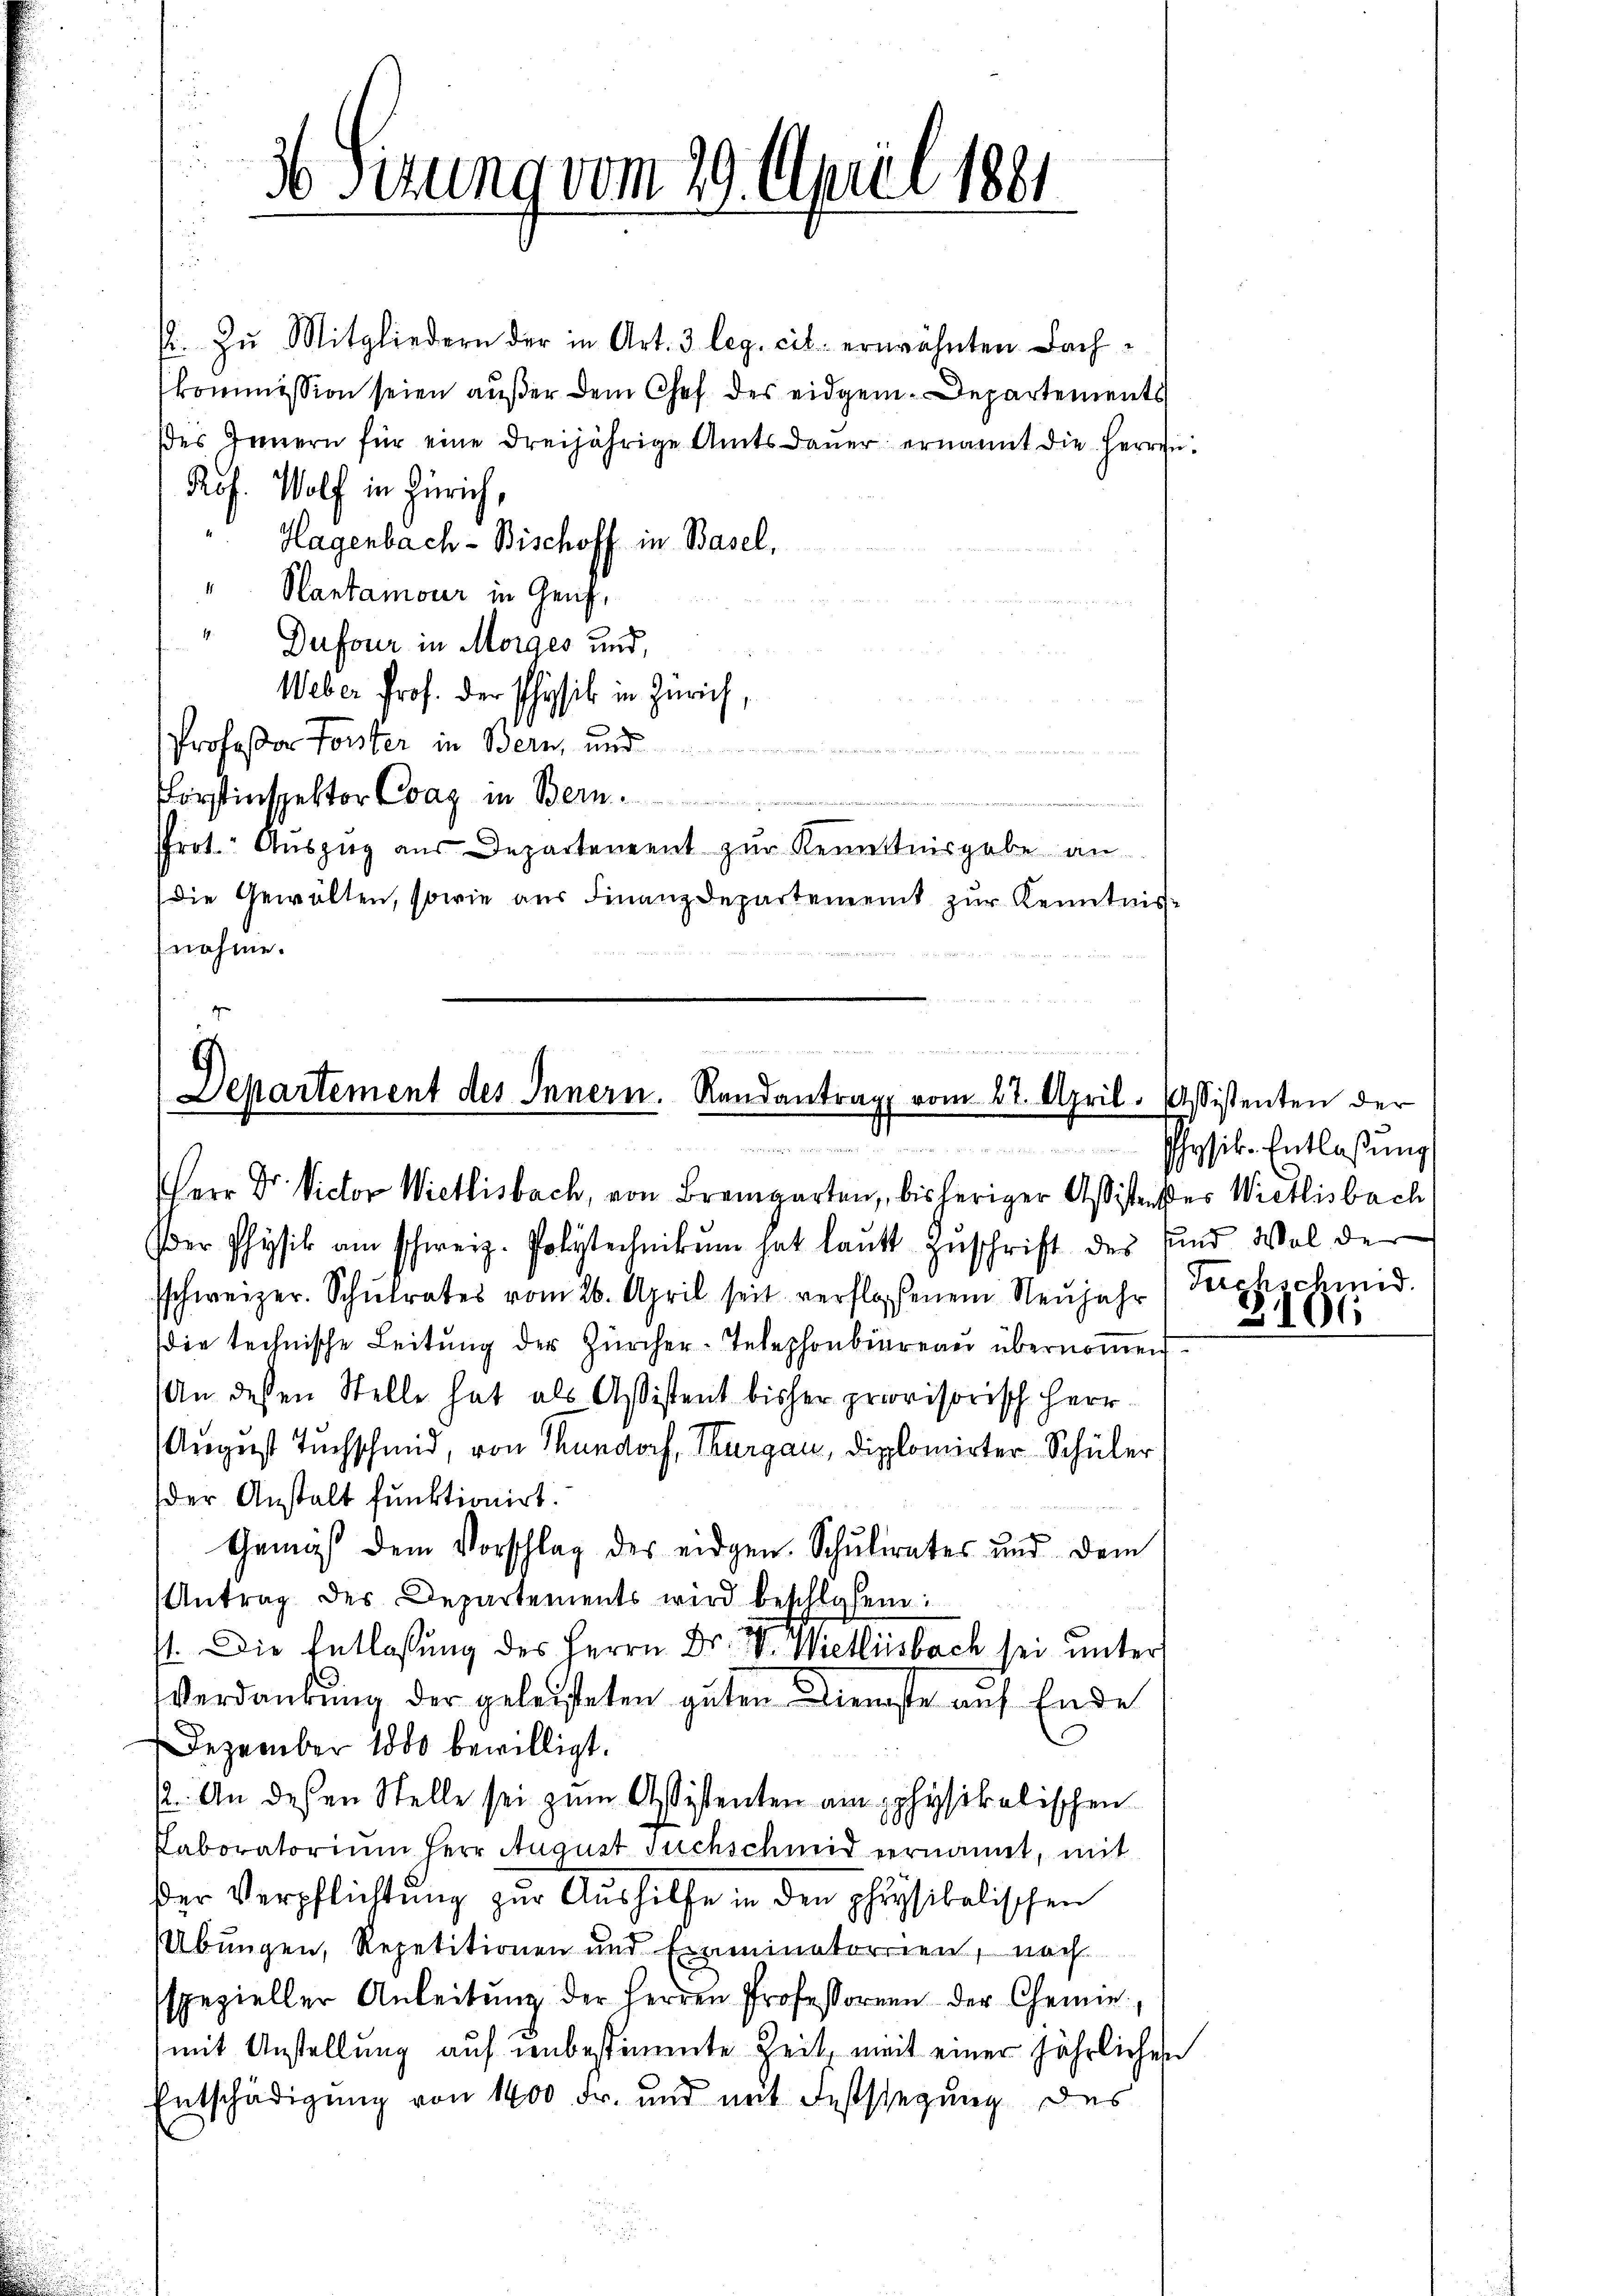
E. Zu Mitgliedern der in Art. 3 leg. cit. erwähnten Dachkommission seien außer dem Chef des eidgen. Departements
ses Innern für eine dreijährige Amtsdaŭer ernannt die Herren¬
Prof. Wolf in Zürich,
Hagenbach - Bischoff in Basel,
" Santamour in Genf,
Dufour in Morges und
Weber Prof. der Physik in Zürich,
Professor Torster in Bern, und

Forstinspektor Cvaz in Bern
Prot. Auszug aus Departement zŭr Kenntnisgabe an
die Gewalten, sowie aŭs Finanzdepartement zŭr Kenntnis-
nahme.

4 Sizung vom 29. April 1881

Departement des Innern. Randantrag vom 27. April. Assistenten der

Herr Dr. Victor Wietlisbach, von Bremgarten, bisheriger Aßistenster Wietlisbach
(der Physik am schweiz. Polytechnikum hat laŭt zŭschrift des und Wol der
sschweizer. Schŭlrates vom 26. April seit verfloßenem Neujahr) Forchschmid
die technische Leitung der Zürcher-Telephonbureau übernommen
An dessen Stelle hat als Assistent bisher provisorisch Herr
August Tuchschmid, von Kundorf, Thurgau, Diplomirter Schüler
der Anstalt funktionirt.
Gemäß dem Vorschlag der eidgen. Schŭlrates und dem
Antrag des Departements wird beschlossen:
st. Die Entlassung des Herrn Dr. W. Wietlisbach sei unter
Verdankung der geleisteten guten Dienste auf Ende
Dezember 1800 bewilligt.
. An dessen Stelle sei zum Assistenten am pphysikalischen
Paboratorium Herr August suchschmid vernannt, mit
der Verpflichtung zŭr Aŭshilfe in den physikalischen
Übungen, Repetitionen und Examinatorien, nach
spezieller Anleitŭng der Herren Professoren der Chemie
mit Anstellung auf unbestimmte Zeit, weit einer jährlichen
Entschädigung von 1400 Fr. und mit Feststegung des

Physik. Entlaßung

2106